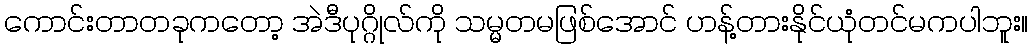
ကောင်းတာတခုကတော့ အဲဒီပုဂ္ဂိုလ်ကို သမ္မတမဖြစ်အောင် ဟန့်တားနိုင်ယုံတင်မကပါဘူး။